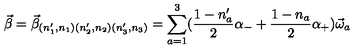
\vec { \beta } = \vec { \beta } _ { ( n _ { 1 } ^ { \prime } , n _ { 1 } ) ( n _ { 2 } ^ { \prime } , n _ { 2 } ) ( n _ { 3 } ^ { \prime } , n _ { 3 } ) } = \sum _ { a = 1 } ^ { 3 } ( \frac { 1 - n _ { a } ^ { \prime } } { 2 } \alpha _ { - } + \frac { 1 - n _ { a } } { 2 } \alpha _ { + } ) \vec { \omega } _ { a }